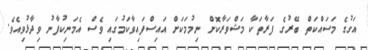
އަގުގެ މަސައްކަތް ބޭރުގެ ފަރާތަކާ މަޝްވަރާކޮށް ނިމުމަކަށް އައިސްފައިވާކަމުގައި ވެސް އެމަނިކުފާނު ވިދާޅުވިއެވެ.